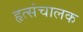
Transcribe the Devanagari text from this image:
हृत्संचालक